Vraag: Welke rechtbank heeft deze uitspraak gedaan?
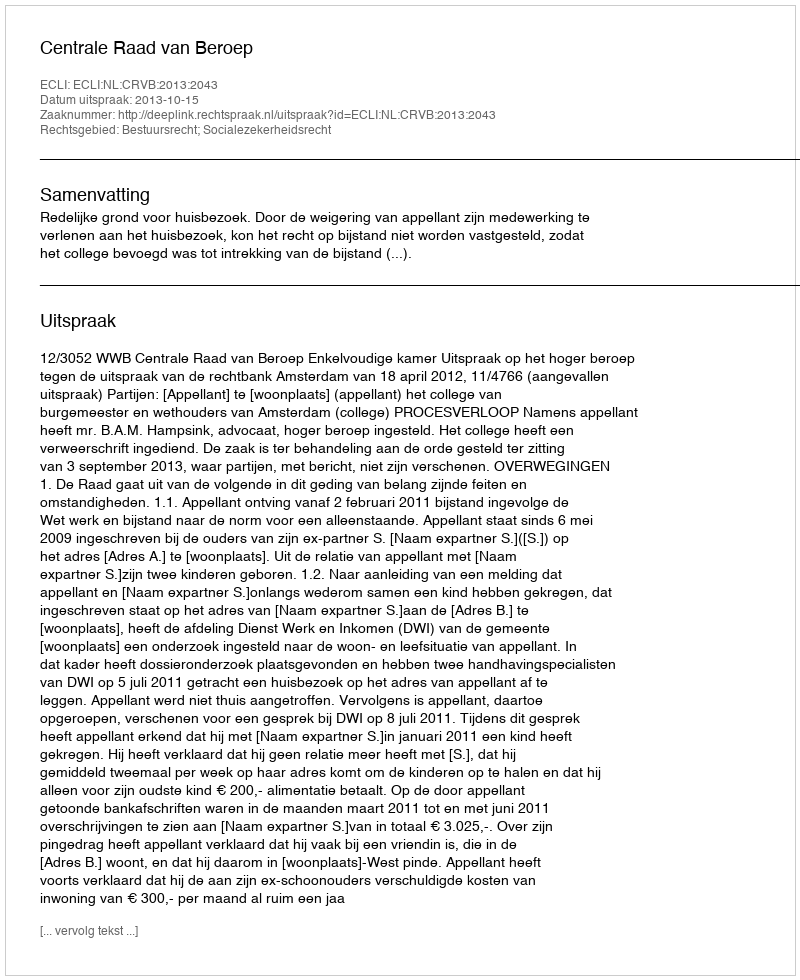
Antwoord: Centrale Raad van Beroep